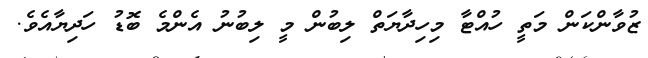
ޒުވާންކަން މަތީ ހުއްޓާ މިހިދާޔަތް ލިބުން މީ ލިބުނު އެންމެ ބޮޑު ހަދިޔާއެވެ.